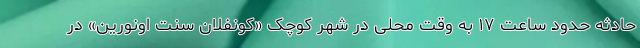
حادثه حدود ساعت ۱۷ به وقت محلی در شهر کوچک «کونفلان سنت اونورین» در